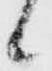
候